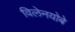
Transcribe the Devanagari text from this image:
विलेनयोबे